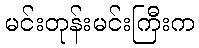
မင်းတုန်းမင်းကြီးက